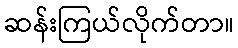
ဆန်းကြယ်လိုက်တာ။